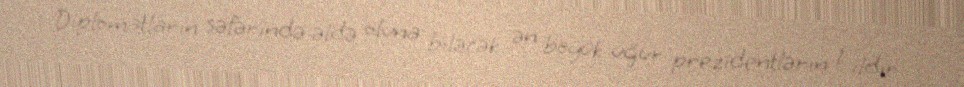
Diplomatların səfərində əldə oluna biləcək ən böyük uğur prezidentlərin 1 ildir